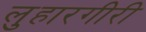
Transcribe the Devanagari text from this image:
लुहारगीरी